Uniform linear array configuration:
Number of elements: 48
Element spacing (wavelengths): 0.25
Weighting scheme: hann
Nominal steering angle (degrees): -30
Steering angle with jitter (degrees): -29.059
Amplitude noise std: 0.05
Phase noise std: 0.05

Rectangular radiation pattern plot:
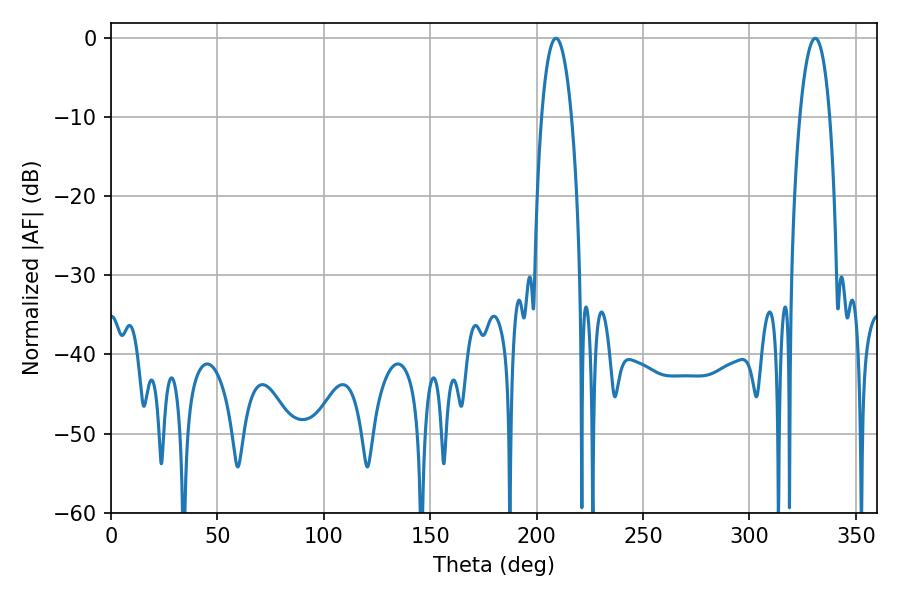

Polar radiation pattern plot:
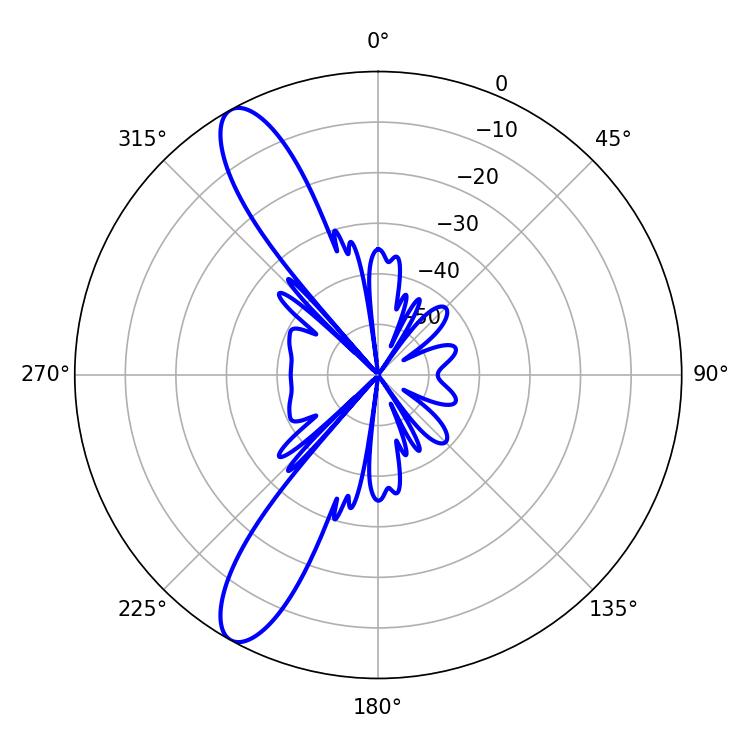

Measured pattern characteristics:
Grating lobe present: FALSE
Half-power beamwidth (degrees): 7.92
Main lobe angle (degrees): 330.84